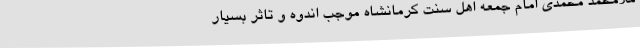
ملامحمد محمدی امام جمعه اهل سنت کرمانشاه موجب اندوه و تاثر بسیار